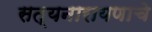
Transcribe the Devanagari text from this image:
सत्यनारायणाचे